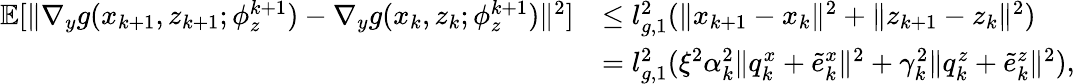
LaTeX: \begin{array}{rl}{\mathbb{E}[\| \nabla_{y}g(x_{k+1},z_{k+1};\phi_{z}^{k+1})-\nabla_{y}g(x_{k},z_{k};\phi_{z}^{k+1})\| ^{2}]}&{\le l_{g,1}^{2}(\| x_{k+1}-x_{k}\| ^{2}+\| z_{k+1}-z_{k}\| ^{2})}\\ &{=l_{g,1}^{2}(\xi^{2}\alpha_{k}^{2}\| q_{k}^{x}+\tilde{e}_{k}^{x}\| ^{2}+\gamma_{k}^{2}\| q_{k}^{z}+\tilde{e}_{k}^{z}\| ^{2}),}\end{array}